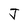
Character: J